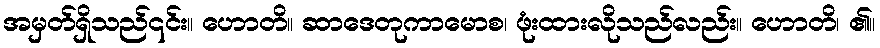
အမှတ်ရှိသည်၎င်း။ ဟောတိ။ ဆာဒေတုကာမောစ၊ ဖုံးထားလိုသည်လည်း။ ဟောတိ၊ ၏။